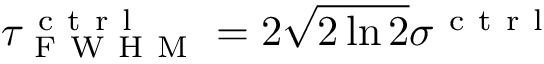
\tau _ { \mathrm { ~ F ~ W ~ H ~ M ~ } } ^ { \mathrm { ~ c ~ t ~ r ~ l ~ } } = 2 \sqrt { 2 \ln { 2 } } \sigma ^ { \mathrm { ~ c ~ t ~ r ~ l ~ } }